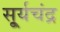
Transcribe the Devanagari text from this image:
सू्र्यचंद्र